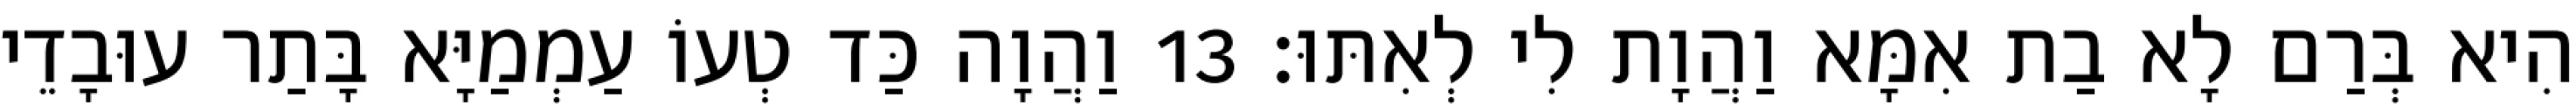
הִיא בְּרַם לָא בַת אִמָּא וַהֲוָת לִי לְאִתּוּ׃ 13 וַהֲוָה כַּד טְעוֹ עַמְמַיָּא בָּתַר עוּבָדֵי